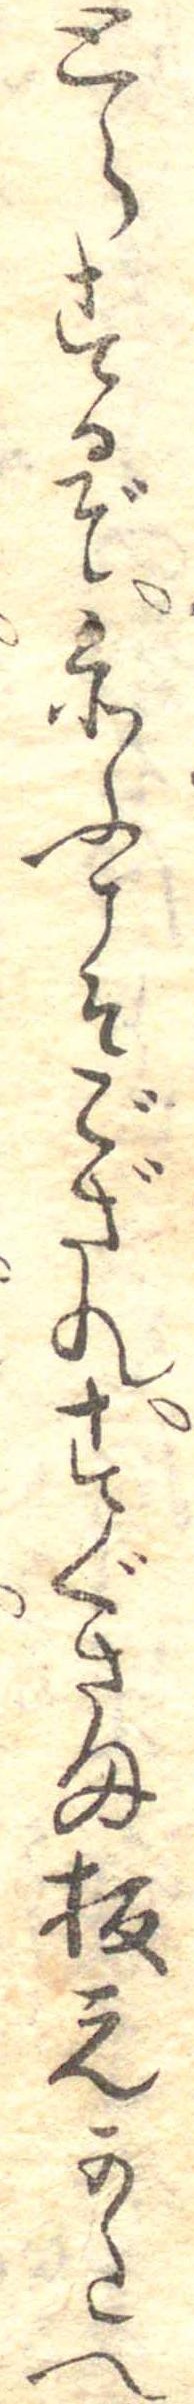
とらするぞ忝ふこそござれすぐさま板元かたへ